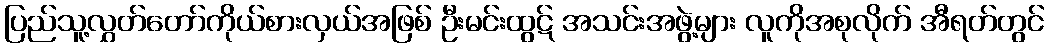
ပြည်သူ့လွှတ်တော်ကိုယ်စားလှယ်အဖြစ် ဦးမင်းထွဋ် အသင်းအဖွဲ့များ လူကိုအစုလိုက် အီရတ်တွင်